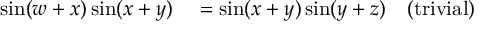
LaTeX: \begin{array} { r l r } { \sin ( w + x ) \sin ( x + y ) } & { { } = \sin ( x + y ) \sin ( y + z ) } & { { \mathrm { ( t r i v i a l ) } } } \end{array}